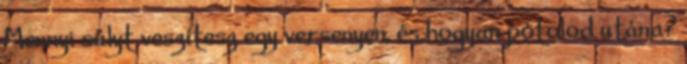
Mennyi súlyt veszítesz egy versenyen, és hogyan pótolod utána?